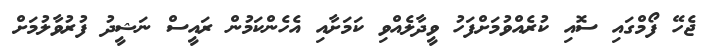
ޖެހޭ ފޯމްގައި ސޮއި ކުރެއްވުމަށްފަހު ވީދާލެއްވި ކަމަށާއި އެހެންކަމުން ރައީސް ނަޝީދު ފުރުވާލުމަށް